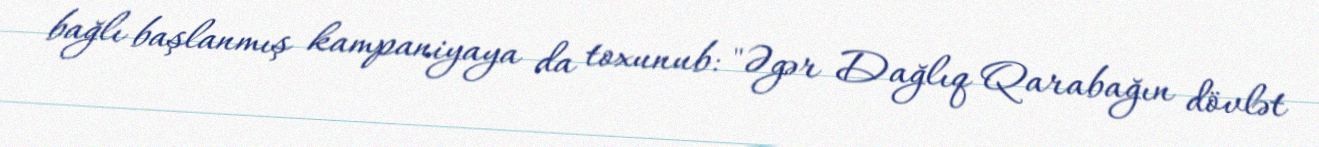
bağlı başlanmış kampaniyaya da toxunub: "Əgər Dağlıq Qarabağın dövlət